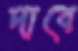
দাবে